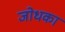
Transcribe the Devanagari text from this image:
जोधका